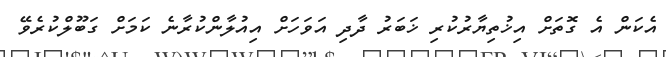
އެކަން އެ ގޮތަށް އިޚުތިޔާރުކުރި ޚަބަރު ދާދި އަވަހަށް އިއުލާންކުރާނެ ކަމަށް ގަބޫލްކުރެވޭ